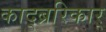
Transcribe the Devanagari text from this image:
काद्ब्ररिकार्